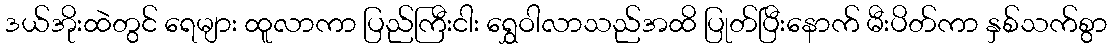
ဒယ်အိုးထဲတွင် ရေများ ထူလာကာ ပြည်ကြီးငါး ရွှေဝါလာသည်အထိ ပြုတ်ပြီးနောက် မီးပိတ်ကာ နှစ်သက်စွာ